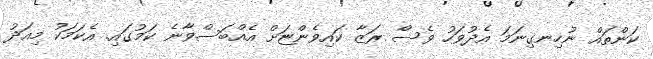
ކަންތައް ނުހިނގިނަމަ އެދުވަހު ވެސް ރަޒާ ކައިވެންޏަށް އެއްބަސްވާނެ ކަމުގައި. އެކަމަކު މިއަދު